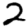
Digit: 2